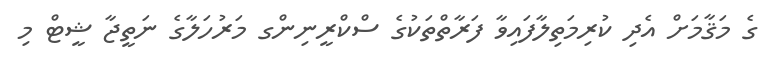
ގެ މަޤާމަށް އެދި ކުރިމަތިލާފައިވާ ފަރާތްތަކުގެ ސްކްރީނިންގ މަރުހަލާގެ ނަތީޖާ ޝީޓް މި